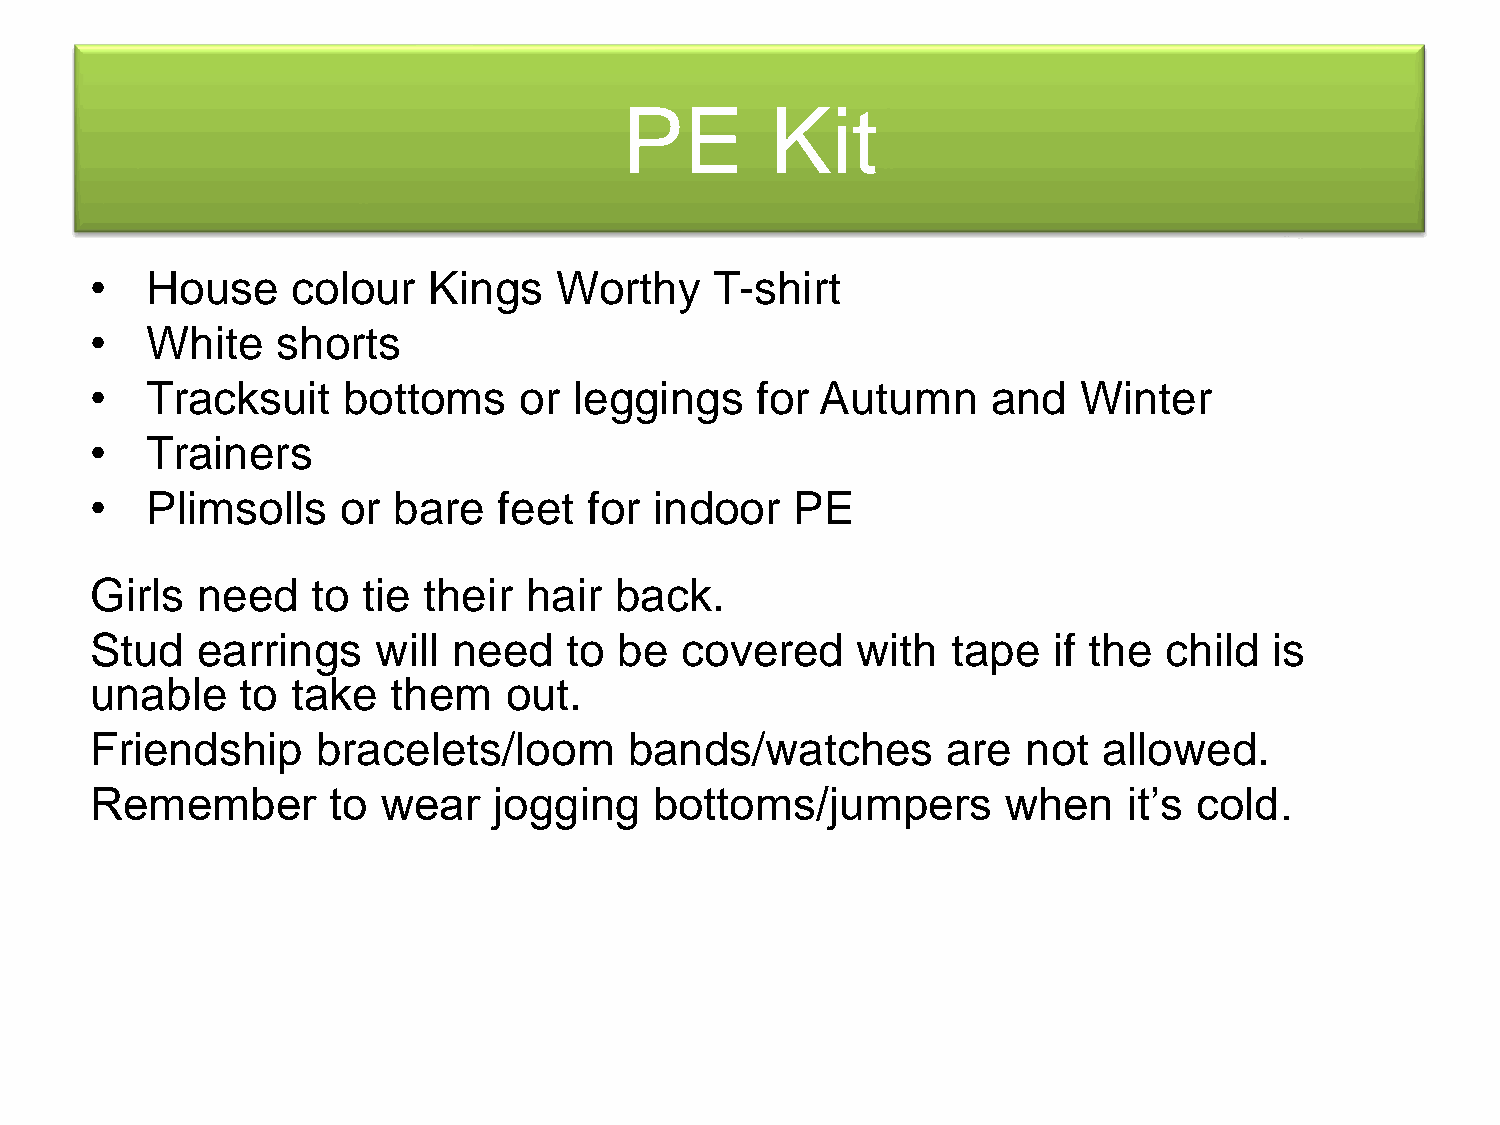
PE        Kit
 •   House    colour   Kings    Worthy    T-shirt
 •   White   shorts
 •   Tracksuit    bottoms    or  leggings    for Autumn      and   Winter
 •   Trainers
 •   Plimsolls   or  bare   feet  for indoor    PE
 Girls  need    to tie their  hair  back.
 Stud   earrings    will need   to  be  covered     with  tape   if the child  is
 unable    to take   them   out.
 Friendship     bracelets/loom       bands/watches        are  not  allowed.
 Remember        to wear    jogging   bottoms/jumpers         when    it’s cold.